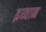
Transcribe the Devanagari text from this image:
इय्वान